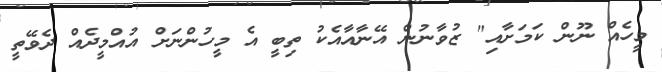
މީހެއް ނޫން ކަމަށާއި" ޒުވާނުން އޭނާއާއެކު ތިބީ އެ މީހުންނަށް އުއްމީދެއް ދެވޭތީ